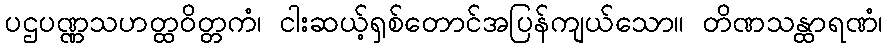
ပဌပဏ္ဏသဟတ္ထဝိတ္တကံ၊ ငါးဆယ့်ရှစ်တောင်အပြန်ကျယ်သော။ တိဏသန္ထာရဏံ၊